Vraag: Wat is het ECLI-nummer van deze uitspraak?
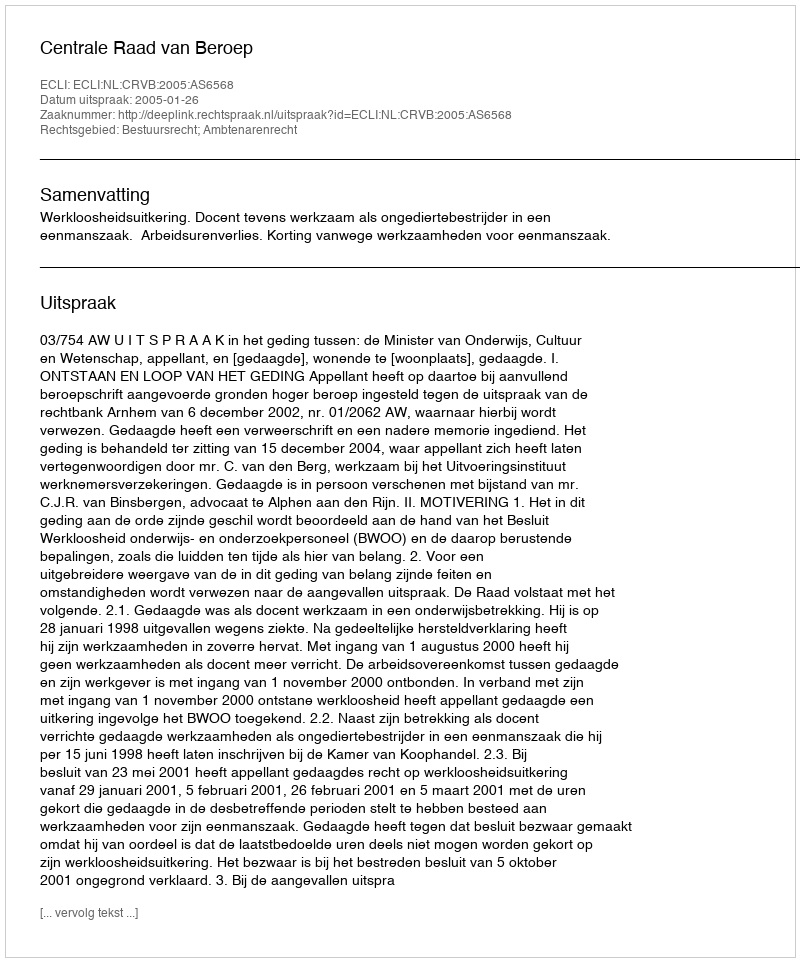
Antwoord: ECLI:NL:CRVB:2005:AS6568